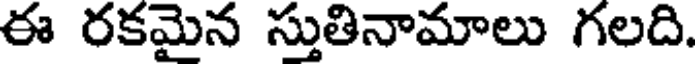
ఈ రకమైన స్తుతినామాలు గలది.